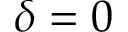
\delta = 0